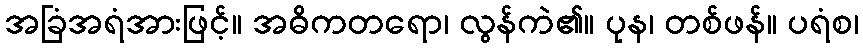
အခြံအရံအားဖြင့်။ အဓိကတရော၊ လွန်ကဲ၏။ ပုန၊ တစ်ဖန်။ ပရံစ၊